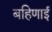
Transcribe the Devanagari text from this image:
बहिणाई